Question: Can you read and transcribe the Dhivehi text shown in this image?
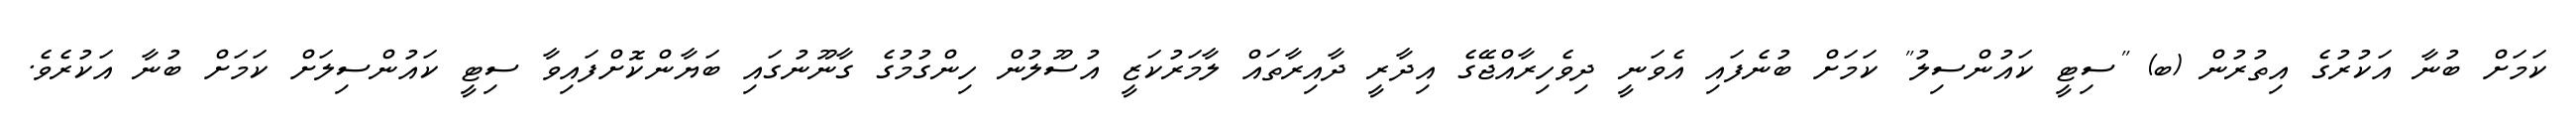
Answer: ކަމަށް ބުނާ އަކުރުގެ އިތުރުން (ބ) "ސިޓީ ކައުންސިލު" ކަމަށް ބުނެފައި އެވަނީ ދިވެހިރާއްޖޭގެ އިދާރީ ދާއިރާތައް ލާމަރުކަޒީ އުސޫލުން ހިންގުމުގެ ގާނޫނުގައި ބަޔާންކޮށްފައިވާ ސިޓީ ކައުންސިލަށް ކަމަށް ބުނާ އަކުރެވެ.